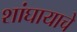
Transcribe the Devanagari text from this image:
शांघायाचे